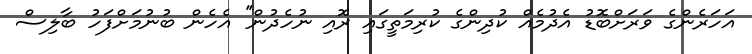
އަހަރެންގެ ވަރަށްބޮޑު އެދުމެއް ކުދިންގެ ކުރިމަތީގައި ރޮއި ނުހެދުން'' އެހެން ބުނުމަށްފަހު ބާލިސް